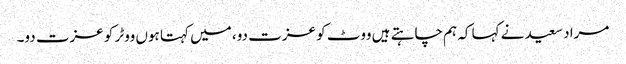
مراد سعید نے کہا کہ ہم چاہتے ہیں ووٹ کو عزت دو، میں کہتا ہوں ووٹر کو عزت دو۔